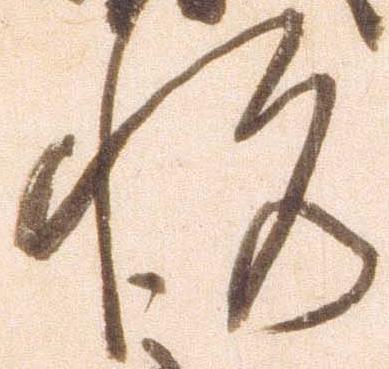
悦